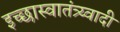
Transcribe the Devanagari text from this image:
इच्छास्वातंत्र्य्वादी